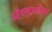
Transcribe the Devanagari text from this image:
ऑगस्टमधील